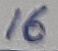
Text: 16